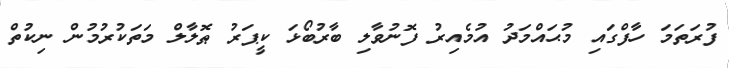
ފުރަތަމަ ހާފްގައި މުޙައްމަދު އުމެއިރު ފޮނުވާލި ބާރުބޯޅަ ކީޕަރު ޠޮލާލް މަތަކުރުމުން ނިކުތް